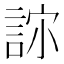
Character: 𰴳